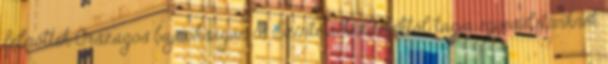
felnőttek Országos bajnokságán is Szinte a kezdetektől tagja egyesületünknek